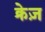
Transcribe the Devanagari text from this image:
क्रेज़